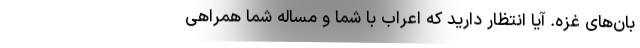
بان‌های غزه. آیا انتظار دارید که اعراب با شما و مساله شما همراهی